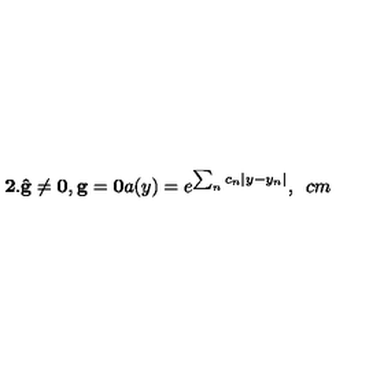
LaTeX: \mathbf { 2 . \hat { g } \neq 0 , g = 0 } a ( y ) = e ^ { \sum _ { n } c _ { n } | y - y _ { n } | } , \hspace { 5 c m }